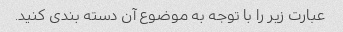
عبارت زیر را با توجه به موضوع آن دسته بندی کنید.